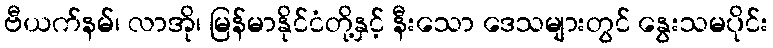
ဗီယက်နမ်၊ လာအို၊ မြန်မာနိုင်ငံတို့နှင့် နီးသော ဒေသများတွင် နွေးသမပိုင်း